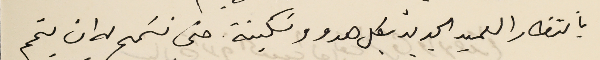
بانتظار العميد الجديد بكل هدو وسَكينة حتى نسَمح له ان يتمم